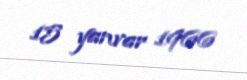
15 yanvar 1966